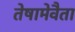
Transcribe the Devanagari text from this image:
तेषामेवैता